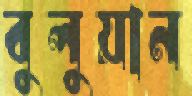
বুলুয়ান